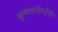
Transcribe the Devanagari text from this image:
कृष्णवणीर्यांनी